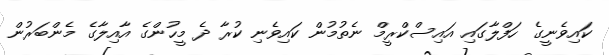
ކައިވެނީގެ ހަފްލާގައި އައިސްކްރީމް ނެތުމުން ކައިވެނި ކުރާ ދެ މީހުންގެ އާއިލާގެ މެންބަރުން